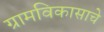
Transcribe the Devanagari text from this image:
ग्रामविकासाचे